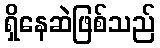
ရှိနေဆဲဖြစ်သည်